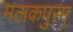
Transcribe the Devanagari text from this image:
मलकपुरम्‌